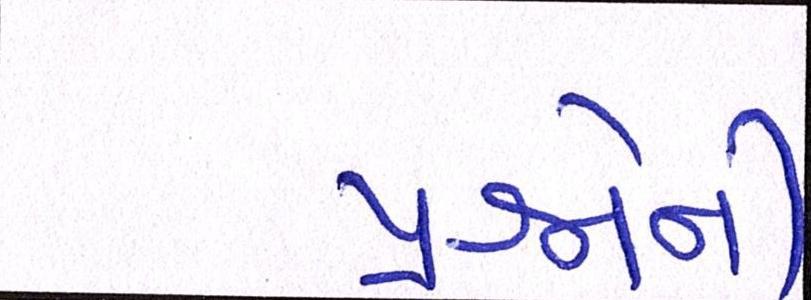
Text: પ્રશ્નોની